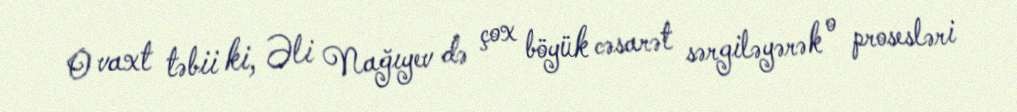
O vaxt təbii ki, Əli Nağıyev də çox böyük cəsarət sərgiləyərək o prosesləri